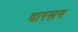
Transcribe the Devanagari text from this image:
वारसन